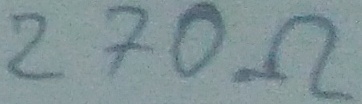
Text: 270Ω